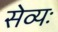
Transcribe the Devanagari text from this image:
सेव्यः